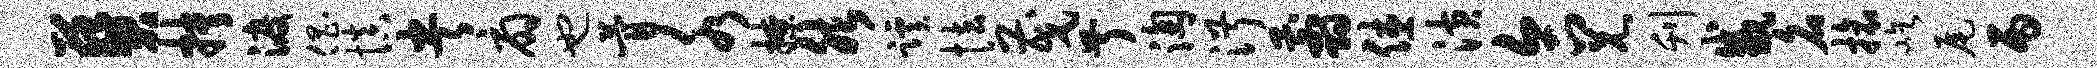
葵抉渡倡慎央扇也瞢水撩然蹊怯茂叔淘淑翦休潢合兄刊咸名旅屹尾丙